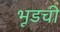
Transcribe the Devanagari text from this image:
भूडची